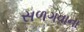
સળગવાના